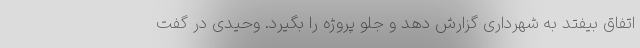
اتفاق بیفتد به شهرداری گزارش دهد و جلو پروژه را بگیرد. وحیدی در گفت